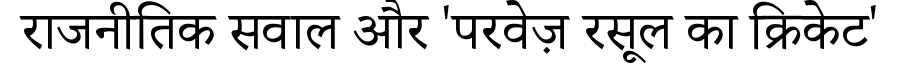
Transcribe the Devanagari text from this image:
राजनीतिक सवाल और 'परवेज़ रसूल का क्रिकेट'